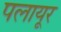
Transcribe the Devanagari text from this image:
पलायूर